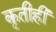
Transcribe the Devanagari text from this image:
कृतीही